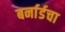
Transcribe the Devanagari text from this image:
बर्नार्डचा